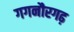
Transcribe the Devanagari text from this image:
गगनौरगढ़